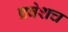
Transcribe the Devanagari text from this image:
प्रवेशच